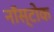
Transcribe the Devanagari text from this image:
नॉस्टोक